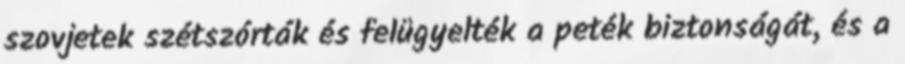
szovjetek szétszórták és felügyelték a peték biztonságát, és a